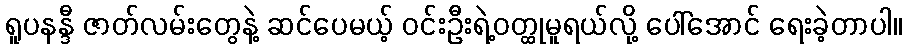
ရူပနန္ဒီ ဇာတ်လမ်းတွေနဲ့ ဆင်ပေမယ့် ဝင်းဦးရဲ့ဝတ္ထုမူရယ်လို့ ပေါ်အောင် ရေးခဲ့တာပါ။